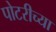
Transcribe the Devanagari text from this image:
पोटरीच्या